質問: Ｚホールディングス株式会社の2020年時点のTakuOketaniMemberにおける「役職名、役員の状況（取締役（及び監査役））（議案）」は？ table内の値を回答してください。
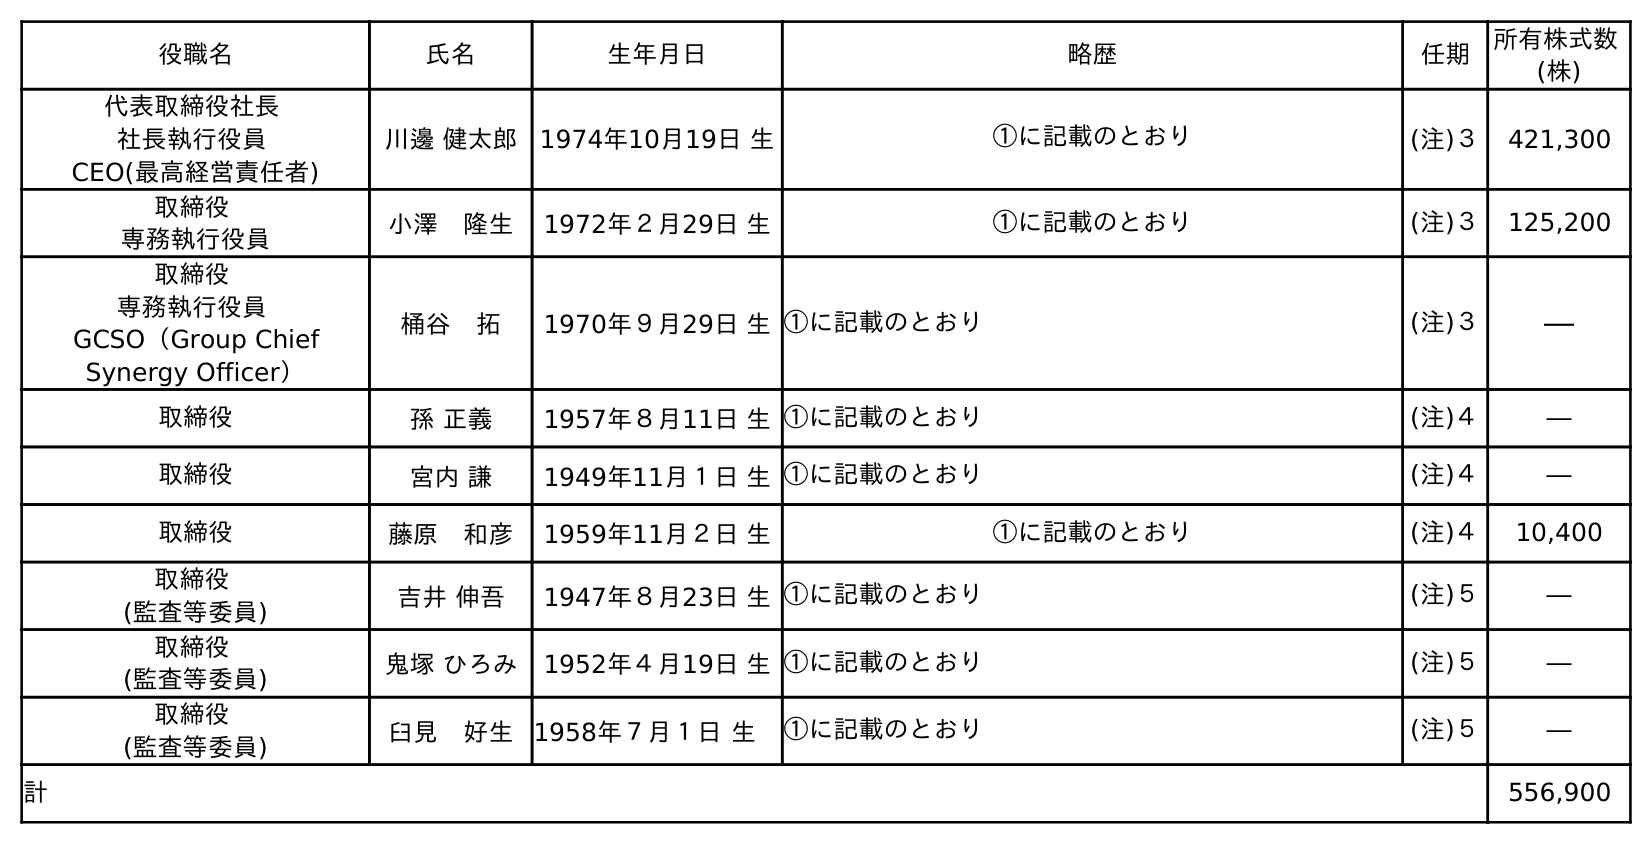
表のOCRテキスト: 役職名 氏名 生年月日 略歴 任期 所有株式数 (株) 代表取締役社長 社長執行役員 CEO(最高経営責任者) 川邊 健太郎 1974年10月19日 生 ①に記載のとおり (注)３ 421,300 取締役 専務執行役員 小澤 隆生 1972年２月29日 生 ①に記載のとおり (注)３ 125,200 取締役 専務執行役員 GCSO（Group Chief Synergy Officer） 桶谷 拓 1970年９月29日 生①に記載のとおり (注)３ ― 取締役 孫 正義 1957年８月11日 生①に記載のとおり (注)４ ― 取締役 宮内 謙 1949年11月１日 生①に記載のとおり (注)４ ― 取締役 藤原 和彦 1959年11月２日 生 ①に記載のとおり (注)４ 10,400 取締役 (監査等委員) 吉井 伸吾 1947年８月23日 生①に記載のとおり (注)５ ― 取締役 (監査等委員) 鬼塚 ひろみ 1952年４月19日 生①に記載のとおり (注)５ ― 取締役 (監査等委員) 臼見 好生 1958年７月１日 生 ①に記載のとおり (注)５ ― 計 556,900
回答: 取締役専務執行役員GCSO（Group Chief Synergy Officer）